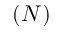
( N )